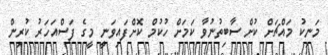
މަނިކު މައްޗަށް ކުށް ސާބިތުނުވާ ކަމަށް ހުކުމް ކޮށްފައިވަނީ މީގެ ފަސްއަހަރު ކުރިން